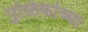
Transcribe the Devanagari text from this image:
पुस्तिकांच्‍या